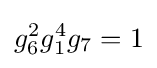
g_{6}^{2}g_{1}^{4}g_{7}=1